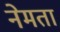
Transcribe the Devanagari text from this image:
नेमता